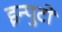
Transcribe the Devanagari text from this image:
इन्पुटों